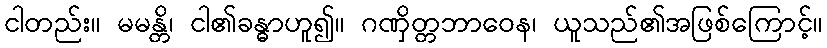
ငါတည်း။ မမန္တိ၊ ငါ၏ခန္ဓာဟူ၍။ ဂဏှိတ္တဘာဝေန၊ ယူသည်၏အဖြစ်ကြောင့်။